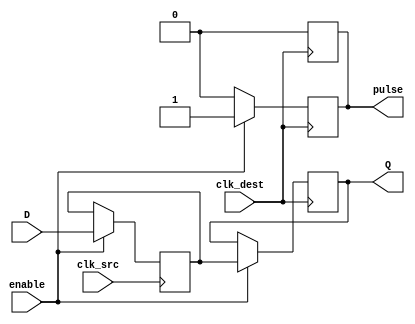
module pulsed_synchronizer #(
    parameter WIDTH = 1 // Parameter for data width
)(
    input wire [WIDTH-1:0] D,            // Data input from source clock domain
    input wire clk_src,                   // Source clock input
    input wire clk_dest,                  // Destination clock input
    input wire enable,                    // Enable signal
    output reg [WIDTH-1:0] Q,             // Synchronized output in destination clock domain
    output reg pulse                      // Pulsed control signal to indicate valid Q
);

    // Intermediate signal to store the sampled value from the source clock domain
    reg [WIDTH-1:0] sampled_data;

    // First flip-flop: Sample data on the clock of the source domain
    always @(posedge clk_src) begin
        if (enable) begin
            sampled_data <= D; // Capture input data
        end
    end

    // Second flip-flop: Synchronize sampled data on the clock of the destination domain
    always @(posedge clk_dest) begin
        if (enable) begin
            Q <= sampled_data; // Synchronize data
            pulse <= 1'b1;     // Generate pulse
        end else begin
            pulse <= 1'b0;     // Hold the pulse low if not enabled
        end
    end

    // Generate a pulse for a single clock cycle
    always @(posedge clk_dest) begin
        if (pulse)
            pulse <= 1'b0; // Reset pulse after one clock cycle
    end

endmodule